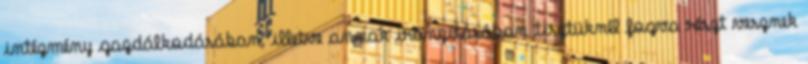
intézmény gazdálkodásában, illetve annak irányításában tisztüknél fogva részt vesznek